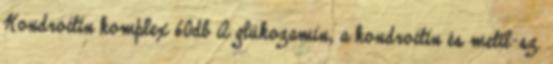
Kondroitin komplex 60db A glükozamin, a kondroitin és metil-sz.